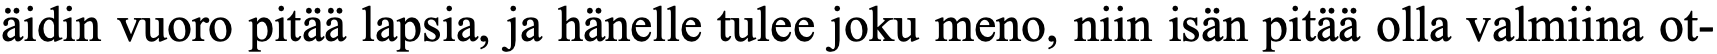
äidin vuoro pitää lapsia, ja hänelle tulee joku meno, niin isän pitää olla valmiina ot-